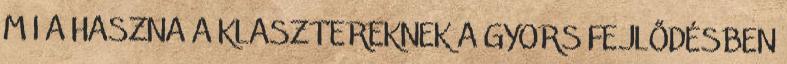
M I A HASZNA A KLASZTEREKNEK A GYORS FEJLŐDÉSBEN